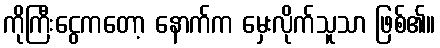
ကိုကြီးငွေကတော့ နောက်က မှေးလိုက်သူသာ ဖြစ်၏။